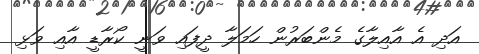
އަދި އެ އާއިލާގެ މެންބަރުން ހަމަލާ ދީފައި ވަނީ ކޯރާޑީ އާއި ވަޅި